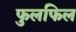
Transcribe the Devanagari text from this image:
फुलफिल